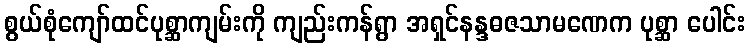
စွယ်စုံကျော်ထင်ပုစ္ဆာကျမ်းကို ကျည်းကန်ရွာ အရှင်နန္ဒဓဇသာမဏေက ပုစ္ဆာ ပေါင်း